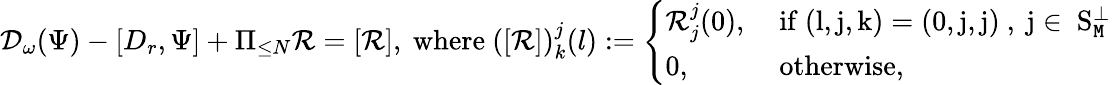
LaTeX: \begin{array}{r}{\mathcal{D}_{\omega}(\Psi)-[D_{r},\Psi]+\Pi_{\le N}\mathcal{R}=[\mathcal{R}],\mathrm{~where~}([\mathcal{R}])_{k}^{j}(l):=\left\{ \begin{array}{ll}{\mathcal{R}_{j}^{j}(0),}&{\mathrm{~if~(l,j,k)=(0,j,j)~,~j\in~S_{\mathtt{M}}^\perp~}}\\ {0,}&{\mathrm{~otherwise},}\end{array}\right.}\end{array}